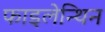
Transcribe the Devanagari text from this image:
फाइलेन्थिन